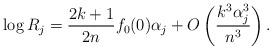
LaTeX: \begin{align*} \log R_j = \frac{2k+1}{2n}f_0(0) \alpha_j + O\left(\frac{k^3\alpha_j^3}{n^3}\right).\end{align*}